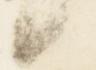
日